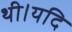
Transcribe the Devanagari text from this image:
थी।यदि